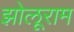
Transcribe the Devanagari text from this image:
झोलूराम